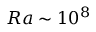
R a \sim 1 0 ^ { 8 }